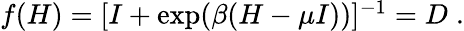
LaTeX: \begin{array}{r}{f(H)=[I+\exp(\beta(H-\mu I))]^{-1}=D\; .}\end{array}